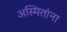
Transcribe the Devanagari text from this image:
अस्मितांना